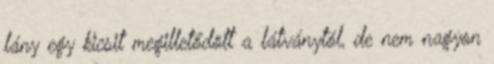
lány egy kicsit megilletődött a látványtól, de nem nagyon